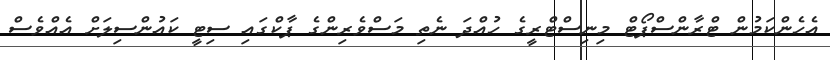
އެހެންކަމުން ޓްރާންސްޕޯޓް މިނިސްޓްރީގެ ހުއްދަ ނެތި މަސްވެރިންގެ ޕާކްގައި ސިޓީ ކައުންސިލަށް އެއްވެސް